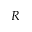
R